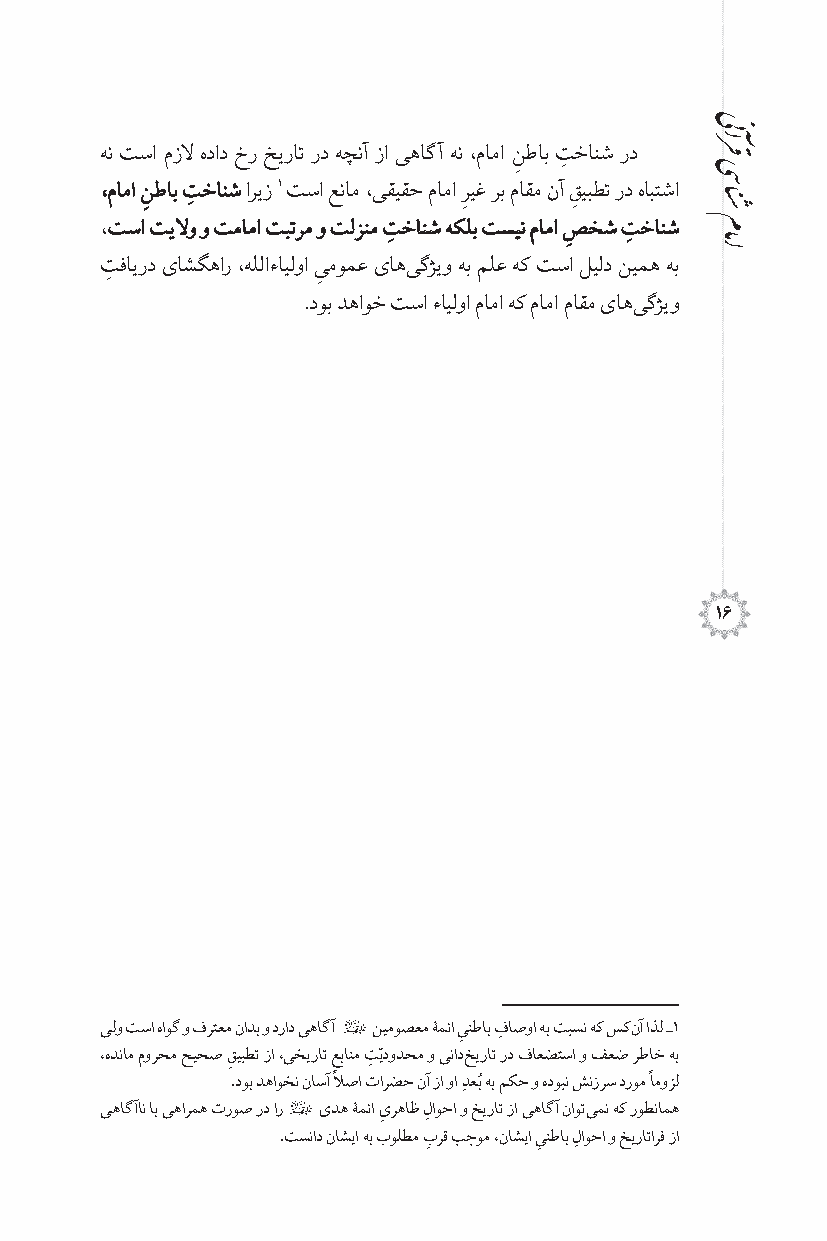
هن تسا مزل هداد خر خیرات رد هچنآ زا یهاگآ هن ،ماما نطاب تخانش رد
 ِ  ِ
 ،ماما نطاب تخانش اریز 1 تسا عنام ،یقیقح ماما ریغ رب ماقم نآ قیبطت رد هابتشا
 ِ  ِ                 ِ      ِ
 ،تسا تیلو و تماما تبترم و تلزنم تخانش هکلب تسین ماما صخش تخانش
 ِ           ِ   ِ
 تفایرد ىاشگهار ،هللاءایلوا یمومع ىاه یگژیو هب ملع هک تسا لیلد نیمه هب
 ِ             ِ
 .دوب دهاوخ تسا ءایلوا ماما هک ماما ماقم ىاه یگژیو
 16
 یلو تسا هاوگ و فرتعم نادب و دراد یهاگآ 3 نیموصعم ۀمئا ی
 ِ
 نطاب فِ اصوا هب تبسن هک سک نآ اذل ـ1
 ّ
 ،هدنام مورحم حیحص قیبطت زا ،یخیرات عبانم تیدودحم و یناد خیرات رد فاعضتسا و فعض رطاخ هب
 ِ      ًِ ِ      ُ          ً
 .دوب دهاوخن ناسآ لصا تارضح نآ زا وا دِعب هب مکح و هدوبن شنزرس دروم اموزل
 یهاگآ ان اب یهارمه تروص رد ار 3 ىده ۀمئا ىرهاظ لاوحا و خیرات زا یهاگآ ناوت یمن هک روطنامه
 ِ  ِ
 .تسناد ناشیا هب بولطم برق بجوم ،ناشیا ینطاب لاوحا و خیراتارف زا
 ِ       ِ ِ